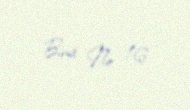
Bina № 16